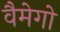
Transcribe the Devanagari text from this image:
वैमेगो